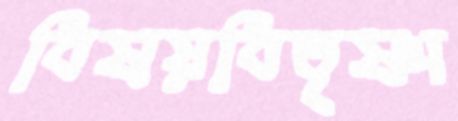
বিষয়বিতৃষ্ণা